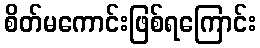
စိတ်မကောင်းဖြစ်ရကြောင်း